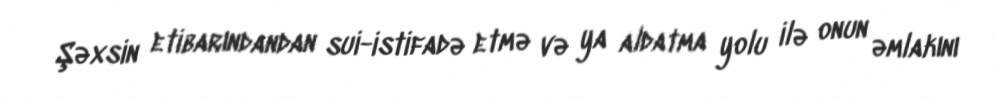
Şəxsin etibarındandan sui-istifadə etmə və ya aldatma yolu ilə onun əmlakını